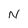
Character: N